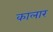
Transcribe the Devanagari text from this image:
कालार